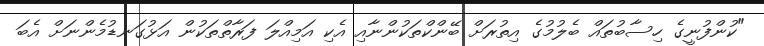
"ކުންފުނީގެ ހިސާބުތައް ބެލުމުގެ އިތުރަށް ބޭންކްތަކުންނާއި އެކި އަމިއްލަ ފަރާތްތަކުން އަޅުގަނޑުމެންނަށް އެބަ